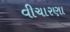
વીચારણા